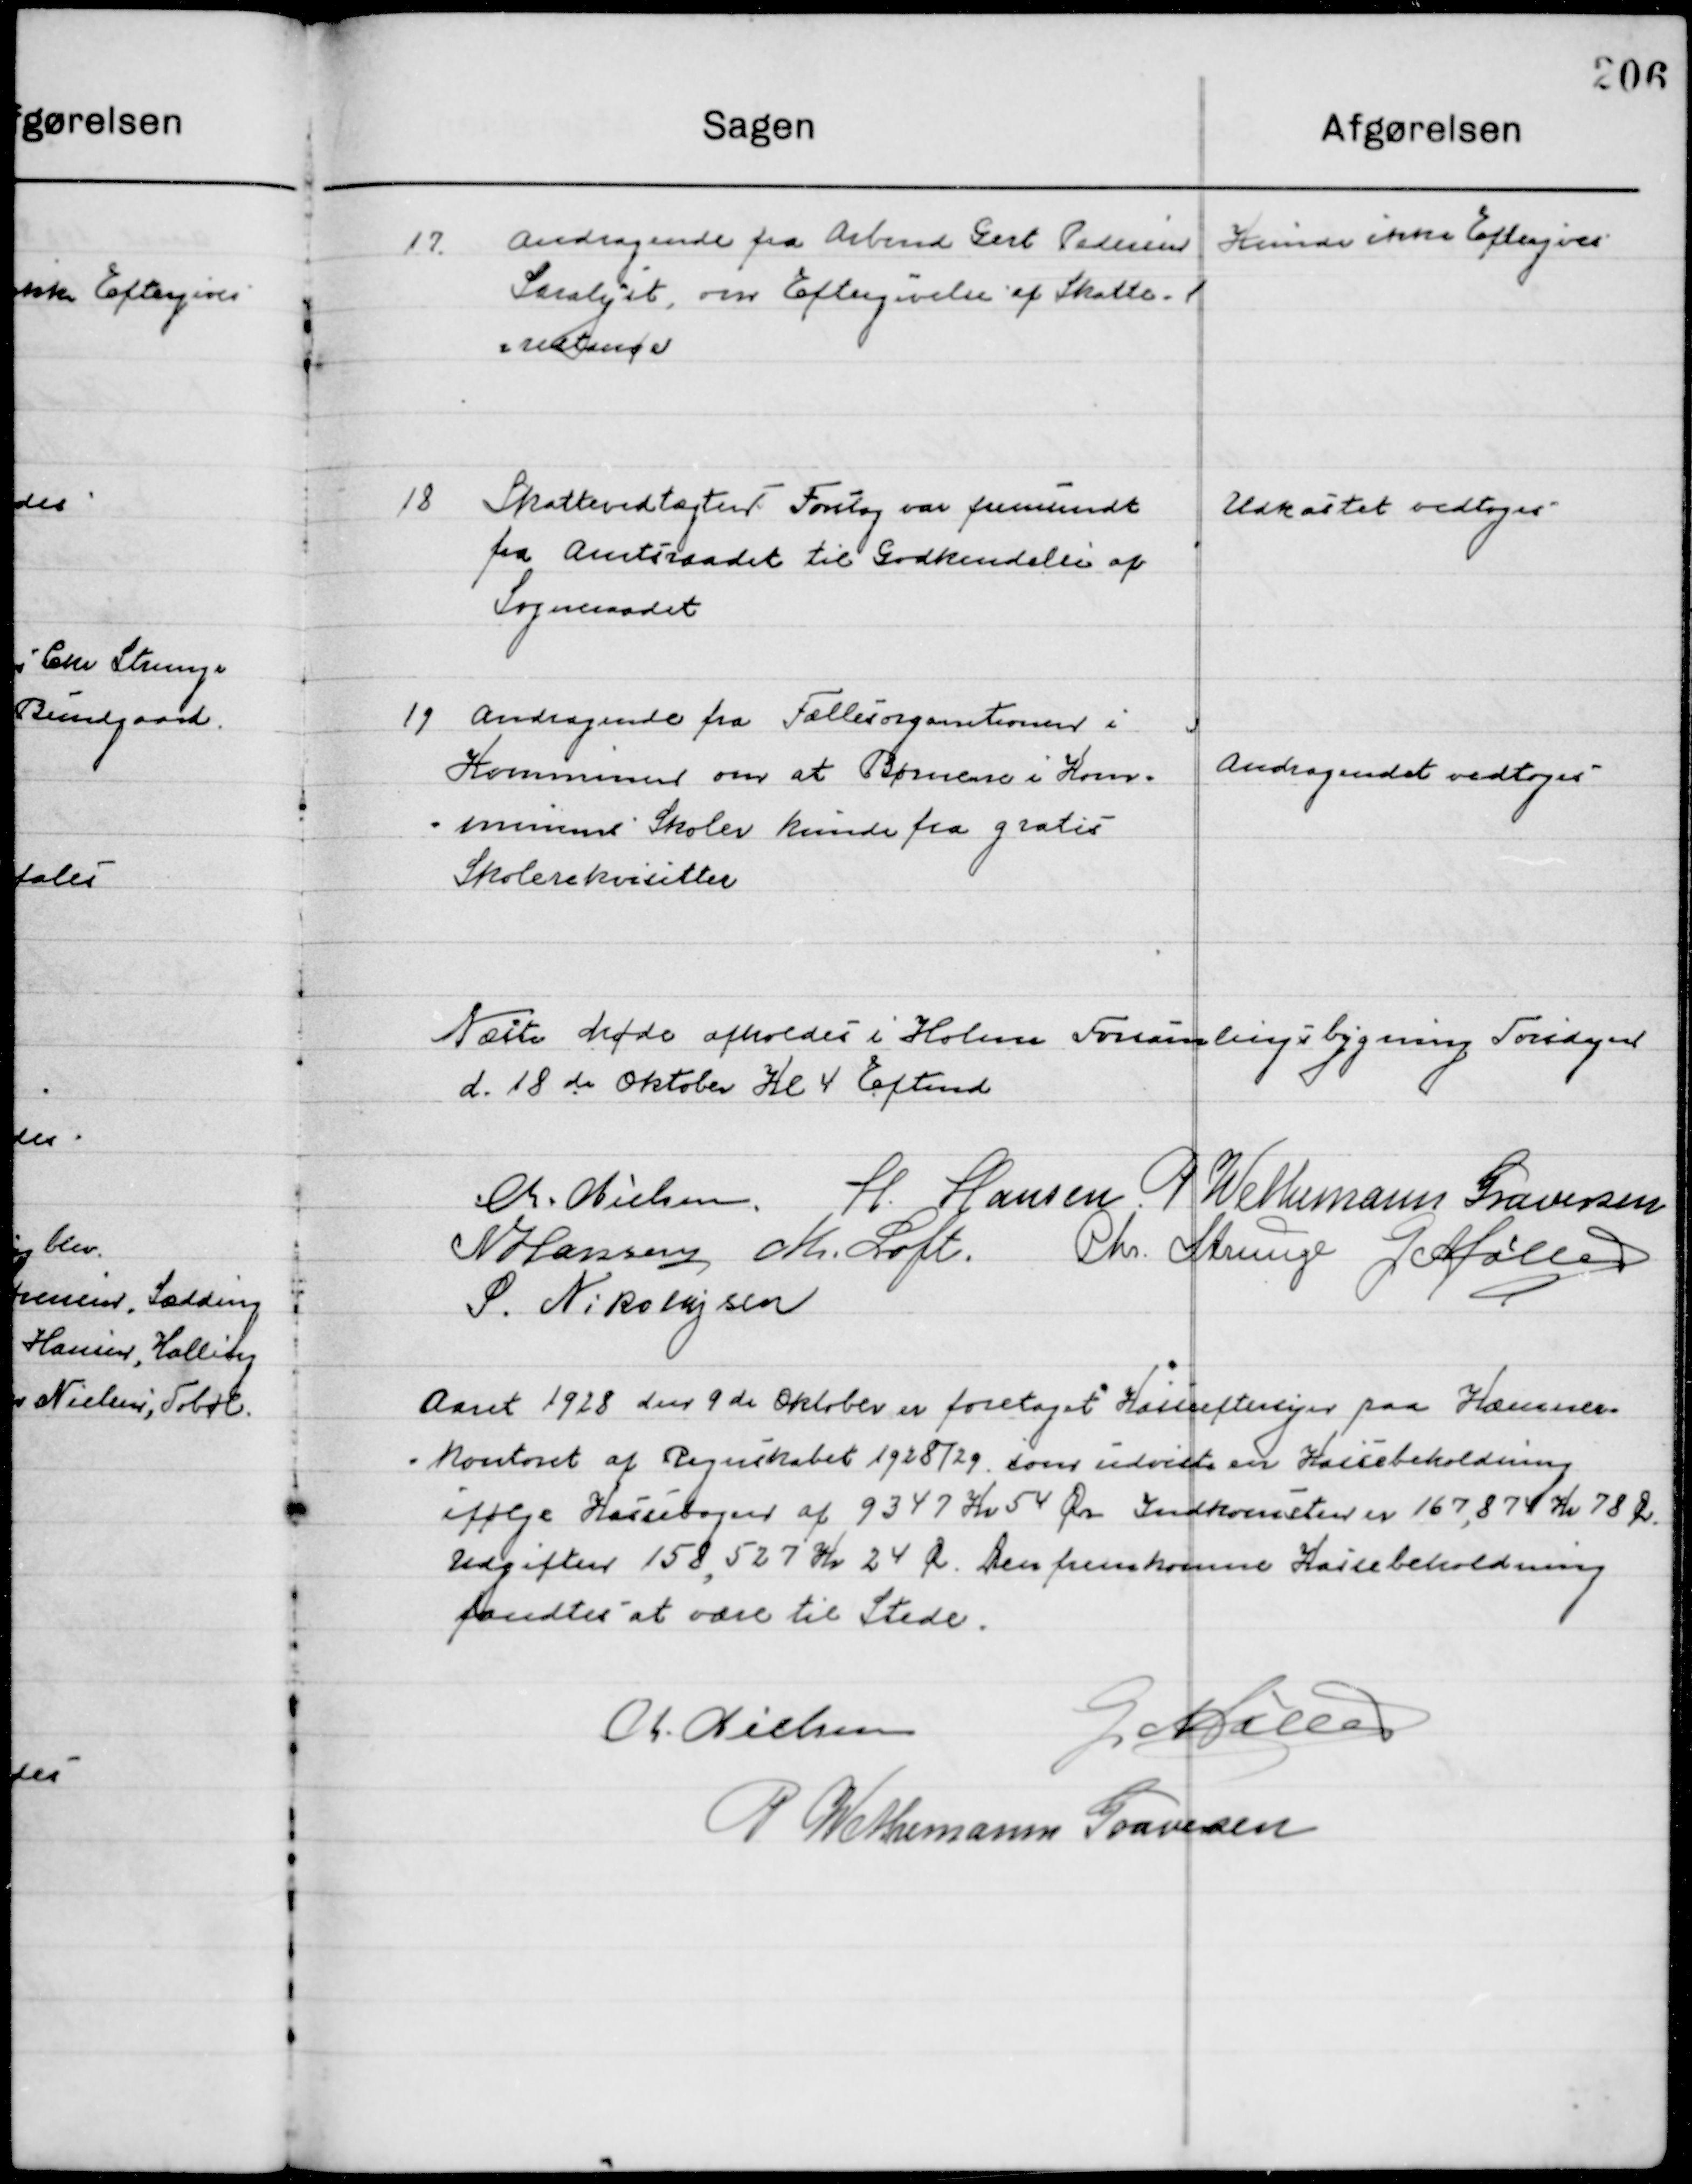
Transskription:
17

Andragende fra Arbmd. Gert Pedersen
Saralyst, om Eftergivelse af Skatte. 1

Kunde ikke Eftergives

18

Skattevedtægter forslag var fremsendt
fra Amtsraadet til Godkendelse af
Sogneraadet.

Udkastet vedtoges

19

Andragende fra Fællesorganisationen i
Kommunen om at Børnene i Kom-
mune Skoler kunde fra gratis 
Skolerekvisitter

Andragendet vedtoges

Næste Møde afholdes i Holme Forsamlingsbygning Torsdag
d. 18de Oktober Kl. 4 Eftermd.

M. Nielsen
H. Hansen
P. Wethemann Graversen
N. Hansen
M. Loft
Chr. Strunge
G. Møller
S. Nikolajsen

Aret 1928 den 9de Oktober er foretaget Kasseeftersyn paa Kæmner-
Kontoret af Regnskabet 1928/29 som udviste en Kassebeholdning
Ifølge Kassebogen af 9347 Kr. 54 Øre Indkomsten er 167874 Kr. 78 Øre 
Udgifter 158.527 Kr. 24 Øre Den fremkomne Kassebeholdning
fandtes at være til Stede.

M. Nielsen
G. Møller
P. Wethemann Graversen